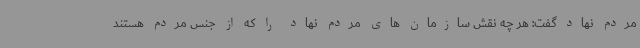
مردم نهاد گفت: هر چه نقش سازمان های مردم نهاد را که از جنس مردم هستند